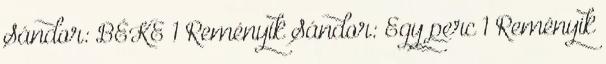
Sándor: BÉKE 1 Reményik Sándor: Egy perc 1 Reményik